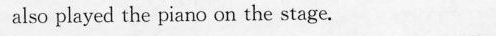
also played the piano on the stage.